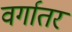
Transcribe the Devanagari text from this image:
वर्गातर